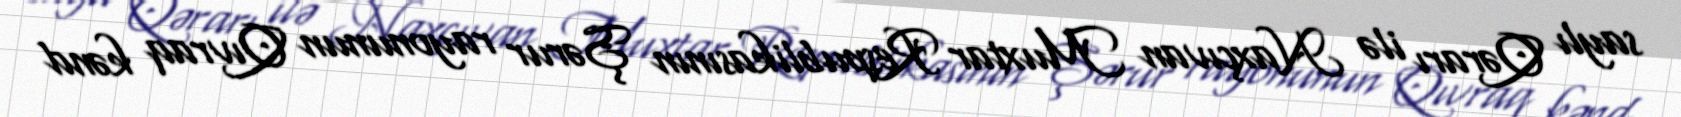
saylı Qərarı ilə Naxçıvan Muxtar Respublikasının Şərur rayonunun Qıvraq kənd